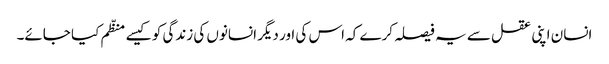
انسان اپنی عقل سے یہ فیصلہ کرے کہ اس کی اور دیگر انسانوں کی زندگی کو کیسے منظّم کیا جائے۔